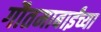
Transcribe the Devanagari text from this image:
गौतमाबाईंच्या